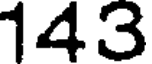
143